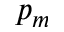
p _ { m }